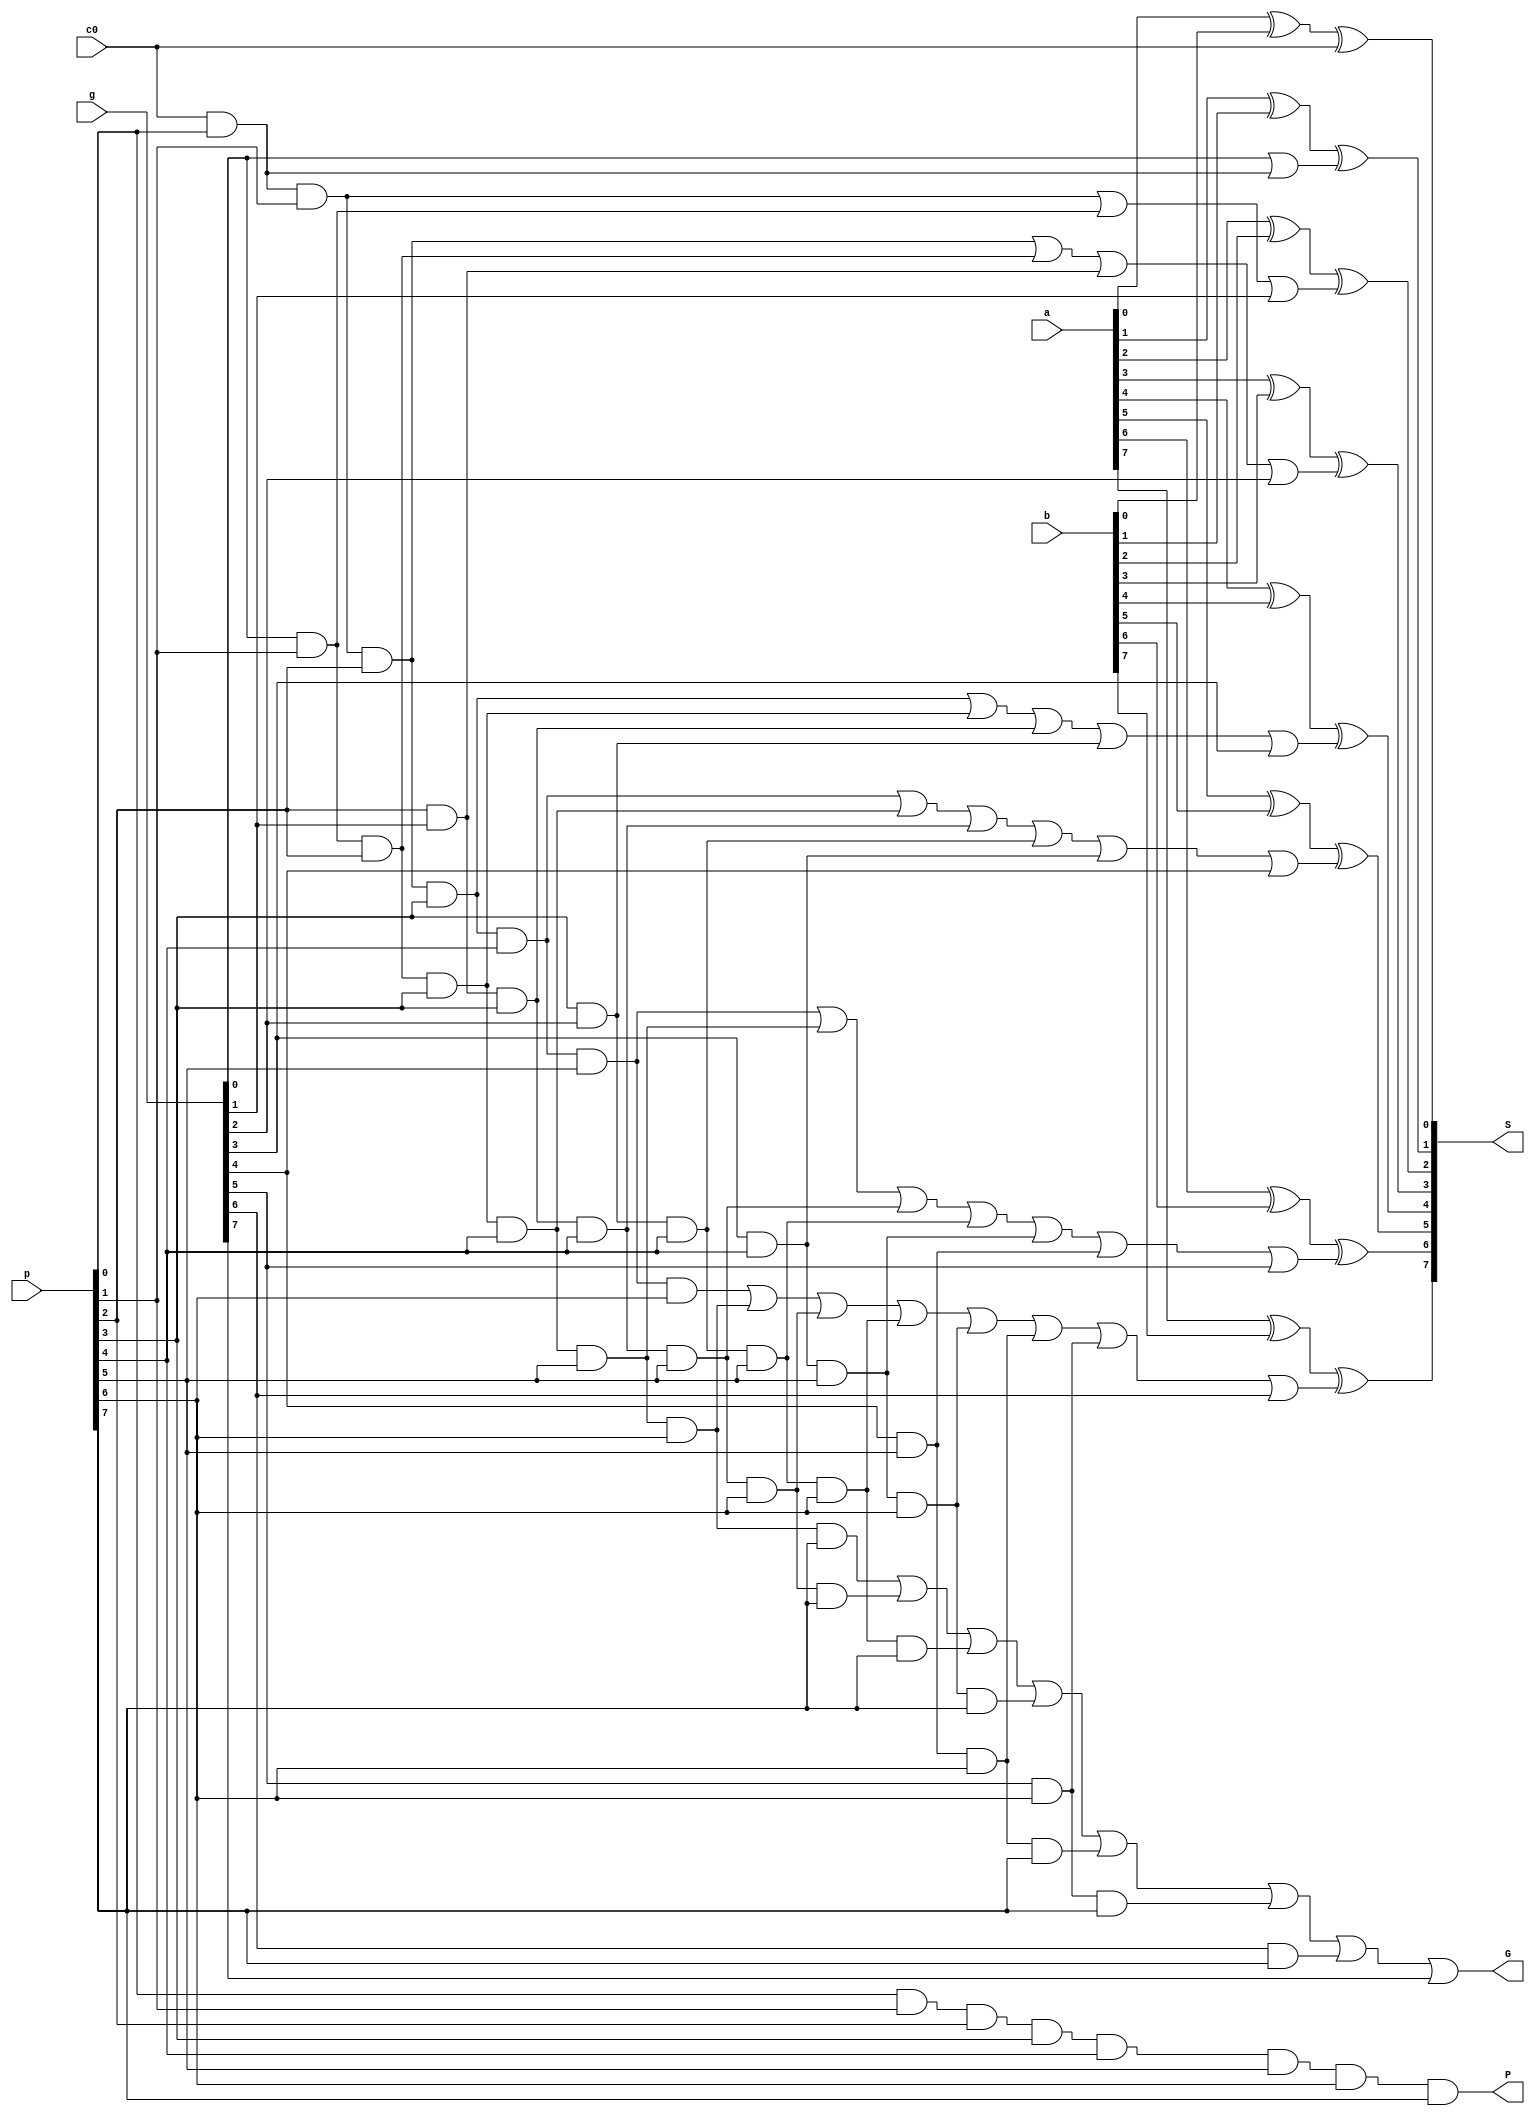
module cla_8bit(S, G, P, a, b, g, p, c0);
    input [7:0] a,b, g, p;
    input c0;
    output [7:0] S;
    output G, P;

    wire[7:0] c;
    wire c11, c21, c22, c41, c42, c43, c44, c51, c52, c53, c54, c55, c61, c62, c63, c64, c65, c66, c71, c72, c73, c74, c75, c76, c77, g2, g3, g4, g5, g6, g7, g8;

    // c0
    assign c[0] = c0;

    // c1
    and c_11(c11, c[0], p[0]);
    or c_12(c[1], g[0], c11);

    // c2
    and c_21(c21, c[0], p[0], p[1]);
    and c_22(c22, g[0], p[1]);
    or c_2(c[2], c21, c22, g[1]);

    // c3
    and c_31(c31, c[0], p[0], p[1], p[2]);
    and c_32(c32, p[1], g[0], p[2]);
    and c_33(c33, p[2], g[1]);
    or c_3(c[3], c31, c32, c33, g[2]);


    // c4
    and c_41(c41, c[0], p[0], p[1], p[2], p[3]);
    and c_42(c42, p[1], g[0], p[2], p[3]);
    and c_43(c43, p[2], g[1], p[3]);
    and c_44(c44, p[3], g[2]);
    or c_4(c[4], c41, c42, c43,c44, g[3]);

    // c5
    and c_51(c51, c[0], p[0], p[1], p[2], p[3], p[4]);
    and c_52(c52, g[0], p[1], p[2], p[3], p[4]);
    and c_53(c53, g[1], p[2], p[3], p[4]);
    and c_54(c54, g[2], p[3], p[4]);
    and c_55(c55, g[3], p[4]);
    or c_5(c[5], c51, c52, c53,c54, c55, g[4]);

    // c6
    and c_61(c61, c[0], p[0], p[1], p[2], p[3], p[4], p[5]);
    and c_62(c62, g[0], p[1], p[2], p[3], p[4], p[5]);
    and c_63(c63, g[1], p[2], p[3], p[4], p[5]);
    and c_64(c64, g[2], p[3], p[4], p[5]);
    and c_65(c65, g[3], p[4], p[5]);
    and c_66(c66, g[4], p[5]);
    or c_6(c[6], c61, c62, c63,c64, c65, c66, g[5]);

    // c7
    and c_71(c71, c[0], p[0], p[1], p[2], p[3], p[4], p[5], p[6]);
    and c_72(c72, g[0], p[1], p[2], p[3], p[4], p[5], p[6]);
    and c_73(c73, g[1], p[2], p[3], p[4], p[5], p[6]);
    and c_74(c74, g[2], p[3], p[4], p[5], p[6]);
    and c_75(c75, g[3], p[4], p[5], p[6]);
    and c_76(c76, g[4], p[5], p[6]);
    and c_77(c77, g[5], p[6]);
    or c_7(c[7], c71, c72, c73,c74, c75, c76, c77, g[6]);

    // calculate G
    and g_2(g2, g[0], p[1], p[2], p[3], p[4], p[5], p[6], p[7]);
    and g_3(g3, g[1], p[2], p[3], p[4], p[5], p[6], p[7]);
    and g_4(g4, g[2], p[3], p[4], p[5], p[6], p[7]);
    and g_5(g5, g[3], p[4], p[5], p[6], p[7]);
    and g_6(g6, g[4], p[5], p[6], p[7]);
    and g_7(g7, g[5], p[6], p[7]);
    and g_8(g8, g[6], p[7]);
    or calcG(G, g2, g3, g4, g5, g6, g7, g8, g[7]);


    // calculate P
    and calcP(P, p[0], p[1], p[2], p[3], p[4], p[5], p[6], p[7]);


    // calculate outputs
    xor s0(S[0], a[0], b[0], c[0]);
    xor s1(S[1], a[1], b[1], c[1]);
    xor s2(S[2], a[2], b[2], c[2]);
    xor s3(S[3], a[3], b[3], c[3]);
    xor s4(S[4], a[4], b[4], c[4]);
    xor s5(S[5], a[5], b[5], c[5]);
    xor s6(S[6], a[6], b[6], c[6]);
    xor s7(S[7], a[7], b[7], c[7]);

endmodule